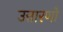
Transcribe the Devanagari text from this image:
उत्तारणो